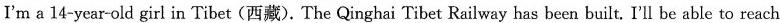
I'm a 14-year-old girl in Tibet(西藏).The Qinghai Tibet Railway has been built. I'll be able to reach